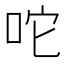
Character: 咜